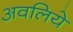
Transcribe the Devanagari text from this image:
अवलिये